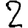
Digit: 2